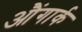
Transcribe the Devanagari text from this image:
औंगार्क